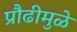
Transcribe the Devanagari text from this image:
प्रौढीमुळे